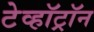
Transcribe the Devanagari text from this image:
टेव्हॉट्रॉन